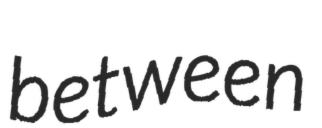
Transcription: between